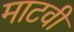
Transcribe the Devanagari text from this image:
माटवी